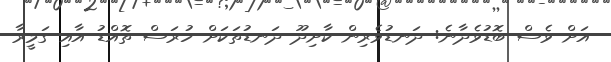
އަށް ވެސް ބޮޑުވެދާނެ: ދަނޑުވެރިން ކާށިދޫ ދަނޑުތަކަށް ހުރަސް ތޮއްޑު އާއި ގަމީރާ